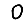
Digit: 0